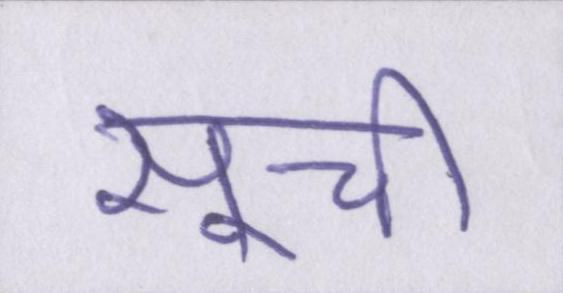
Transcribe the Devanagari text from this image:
सूची